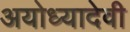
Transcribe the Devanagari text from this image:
अयोध्यादेवी